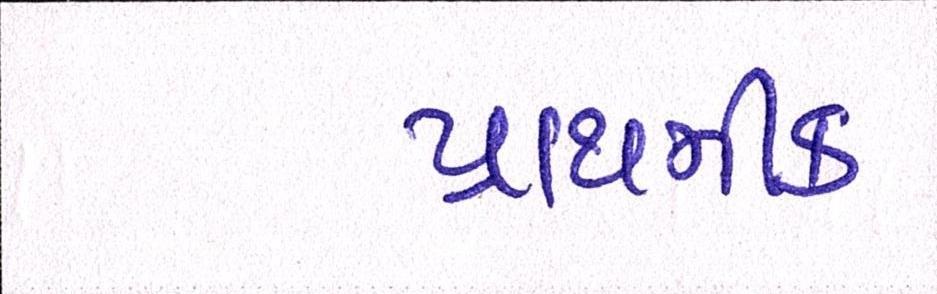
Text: પ્રાથમીક